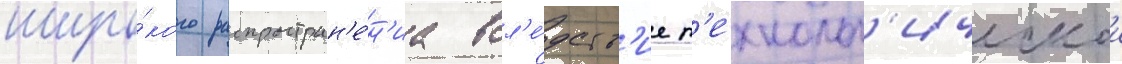
широ́кого распростран'е́н'иа всл'е́дств'ие т'ехнолог'ическои